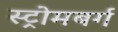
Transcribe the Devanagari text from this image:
स्ट्रोमबर्ग